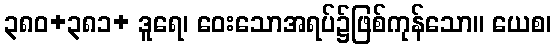
၃၈၀+၃၈၁+ ဒူရေ၊ ဝေးသောအရပ်၌ဖြစ်ကုန်သော။ ယေစ၊